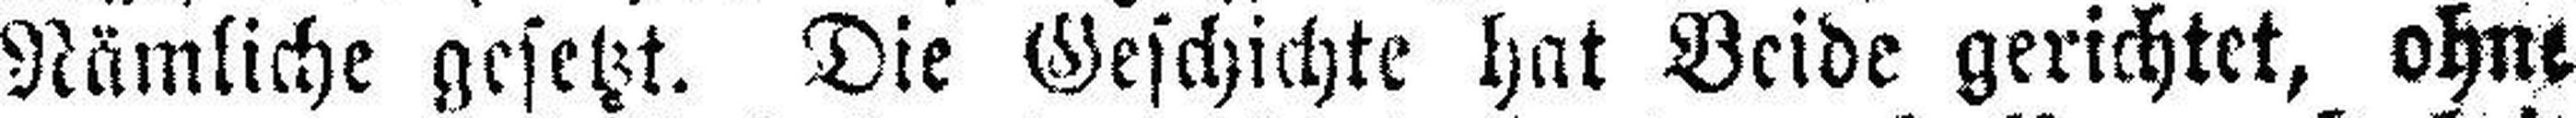
Nämliche gesetzt. Die Geschichte hat Beide gerichtet, ohne